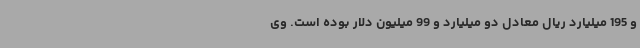
و 195 میلیارد ریال معادل دو میلیارد و 99 میلیون دلار بوده است. وی